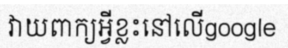
វាយពាក្យអ្វីខ្លះនៅលើgoogle